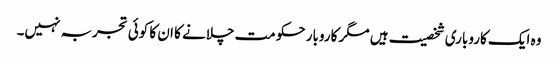
وہ ایک کاروباری شخصیت ہیں مگر کاروبار حکومت چلانے کا ان کا کوئی تجربہ نہیں۔